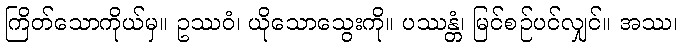
ကြိတ်သောကိုယ်မှ။ ဥဿဝံ၊ ယိုသောသွေးကို။ ပဿန္တံ၊ မြင်စဉ်ပင်လျှင်။ အဿ၊